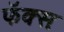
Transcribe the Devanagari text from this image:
फॅक्सः